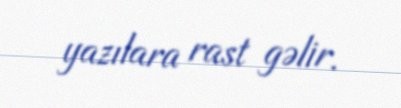
yazılara rast gəlir.